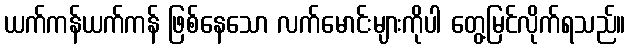
ယက်ကန်ယက်ကန် ဖြစ်နေသော လက်မောင်းများကိုပါ တွေ့မြင်လိုက်ရသည်။